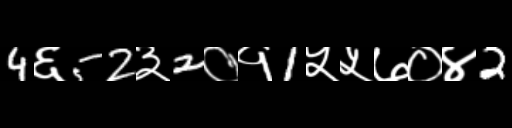
Text: 4६52३2०१1५५७०४2